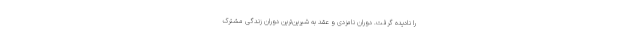
را نادیده گرفت. دوران نامزدی و عقد به شیرین‌ترین دوران زندگی مشترک